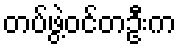
တပ်ဖွဲ့ဝင်တဦးက